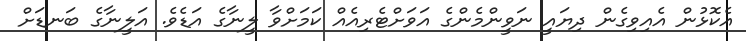
އެކޮޅުން އެއިވިގެން ދިޔައީ ނަވީންމެންގެ އަވަށްޓެރިއެއް ކަމަށްވާ ލީނާގެ އަޑެވެ. އަލީނާގެ ބަނޑަށް